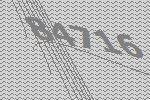
84716